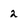
Character: 2